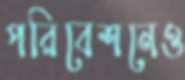
পরিবেশনেও